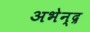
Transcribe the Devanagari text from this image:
अभेन्द्र